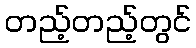
တည့်တည့်တွင်